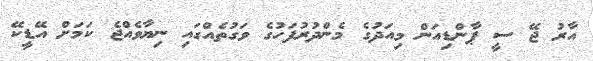
އާރު ޖޭ ސީ ޕާންޑިއަން މިއަދުގެ މެންދުރުފަހުގެ ވަގުތެއްގައި ނިޔާވެއްޖެ ކަމަށް އޭޑީކޭ